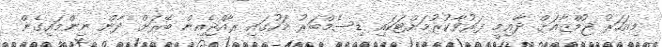
މިއަހަރު ޖުމްޒާއަށް ދާއިމީ ފަރުވާކުރުމަށްޓަކައި ޑިސެމްބަރު މަހުގައި ރާއްޖެއިން ބޭރަށް ދާން ނިންމައިގެން